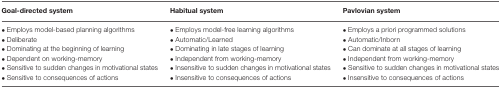
<table><thead><tr><td><b>Goal-directed system</b></td><td><b>Habitual system</b></td><td><b>Pavlovian system</b></td></tr></thead><tbody><tr><td>• Employs model-based planning algorithms</td><td>• Employs model-free learning algorithms</td><td>• Employs a priori programmed solutions</td></tr><tr><td>• Deliberate</td><td>• Automatic/Learned</td><td>• Automatic/Inborn</td></tr><tr><td>• Dominating at the beginning of learning</td><td>• Dominating in late stages of learning</td><td>• Can dominate at all stages of learning</td></tr><tr><td>• Dependent on working-memory</td><td>• Independent from working-memory</td><td>• Independent from working-memory</td></tr><tr><td>• Sensitive to sudden changes in motivational states</td><td>• Insensitive to sudden changes in motivational states</td><td>• Sensitive to sudden changes in motivational states</td></tr><tr><td>• Sensitive to consequences of actions</td><td>• Insensitive to consequences of actions</td><td>• Insensitive to consequences of actions</td></tr></tbody></table>